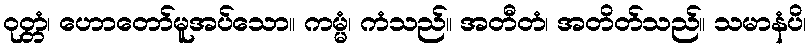
ဝုတ္တံ၊ ဟောတော်မူအပ်သော။ ကမ္မံ၊ ကံသည်။ အတီတံ၊ အတိတ်သည်။ သမာနံပိ၊